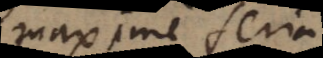
maxime seria